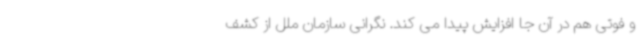
و فوتی هم در آن جا افزایش‌ پیدا می کند. نگرانی سازمان ملل از کشف